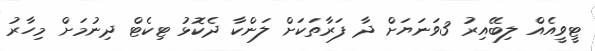
ޓީވީއެއް ލިބޭއިރު 3ވަނަޔަށް ދާ ފަރާތަކަށް ލަންކާ ދެކޮޅު ޓިކެޓް ދިނުމަށް މިހާރު